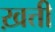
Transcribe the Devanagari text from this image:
ख़त्ती